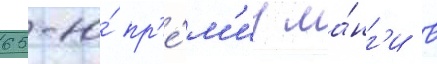
65-ю́ пр'е́м'иу ма́нг'и в